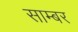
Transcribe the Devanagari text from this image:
साम्बर